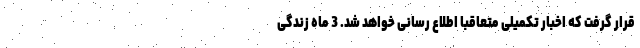
قرار گرفت که اخبار تکمیلی متعاقبا اطلاع رسانی خواهد شد. 3 ماه زندگی